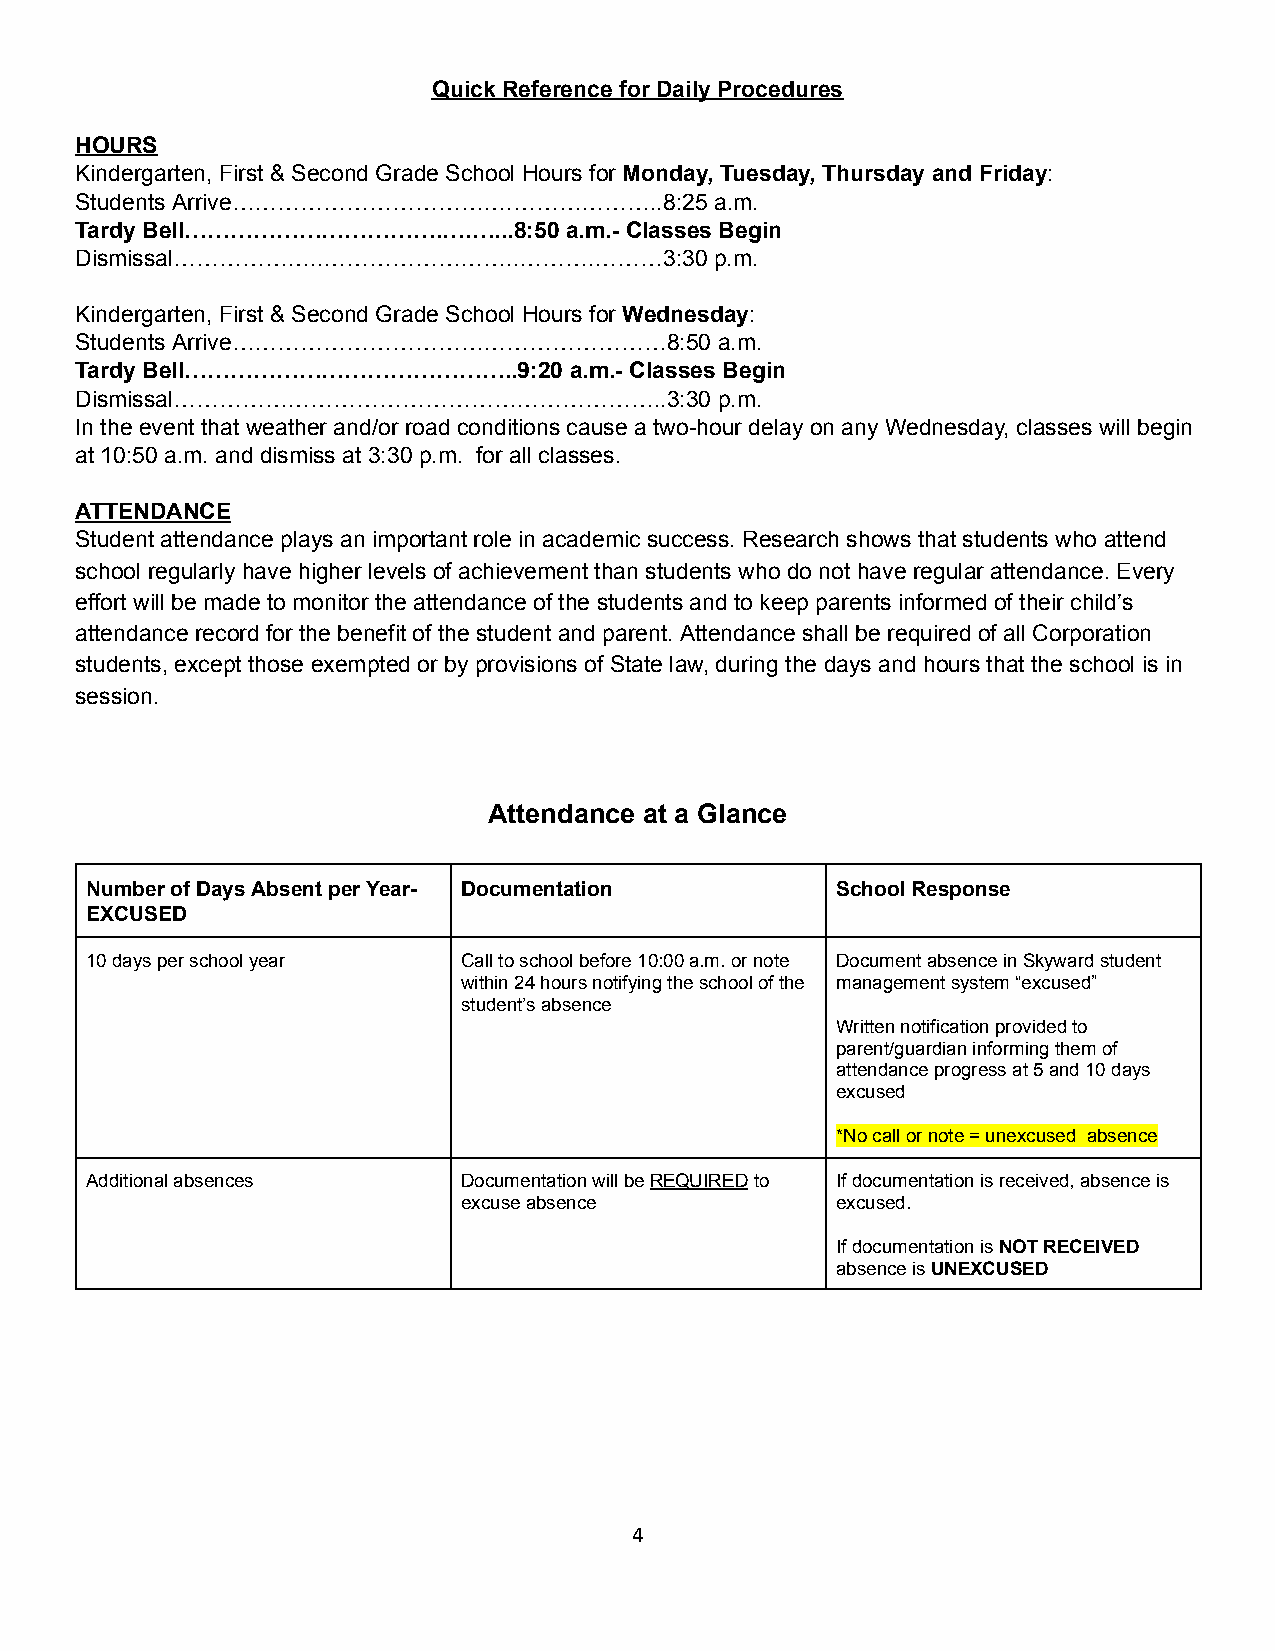
Quick Reference for Daily Procedures
 HOURS
 Kindergarten, First & Second Grade School Hours for Monday, Tuesday, Thursday and Friday:
 Students Arrive……………………………….………………..8:25  a.m.
 Tardy Bell…………………………….….…...8:50 a.m.- Classes Begin
 Dismissal………………..……………………..……….………3:30    p.m.
 Kindergarten, First & Second Grade School Hours for Wednesday:
 Students Arrive…………………………………………………8:50     a.m.
 Tardy Bell……………………………………..9:20   a.m.- Classes Begin
 Dismissal………………………………………………………..3:30       p.m.
 In the event that weather and/or road conditions cause a two-hour delay on any Wednesday, classes will begin
 at 10:50 a.m. and dismiss at 3:30 p.m. for all classes.
 ATTENDANCE
 Student attendance plays an important role in academic success. Research shows that students who attend
 school regularly have higher levels of achievement than students who do not have regular attendance. Every
 effort will be made to monitor the attendance of the students and to keep parents informed of their child’s
 attendance record for the benefit of the student and parent. Attendance shall be required of all Corporation
 students, except those exempted or by provisions of State law, during the days and hours that the school is in
 session.
 Attendance at a Glance
 NumberofDaysAbsentperYear- Documentation         SchoolResponse
 EXCUSED
 10daysperschoolyear      Calltoschoolbefore10:00a.m.ornote DocumentabsenceinSkywardstudent
 within24hoursnotifyingtheschoolofthe managementsystem“excused”
 student’sabsence
 Writtennotificationprovidedto
 parent/guardianinformingthemof
 attendanceprogressat5and10days
 excused
 *Nocallornote=unexcused absence
 Additionalabsences       DocumentationwillbeREQUIREDto Ifdocumentationisreceived,absenceis
 excuseabsence           excused.
 IfdocumentationisNOTRECEIVED
 absenceisUNEXCUSED
 4